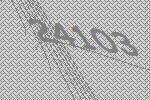
24103